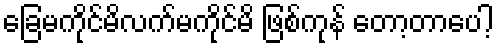
ခြေမကိုင်မိလက်မကိုင်မိ ဖြစ်ကုန် တော့တာပေါ့